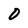
Character: 0